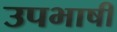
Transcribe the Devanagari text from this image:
उपभाषी